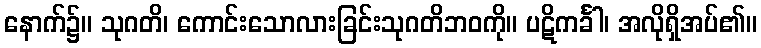
နောက်၌။ သုဂတိ၊ ကောင်းသောလားခြင်းသုဂတိဘဝကို။ ပဋိကင်္ခါ၊ အလိုရှိအပ်၏။